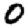
Digit: 0